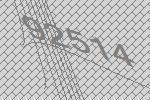
92514